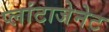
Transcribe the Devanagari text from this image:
प्लांटाजेनेट